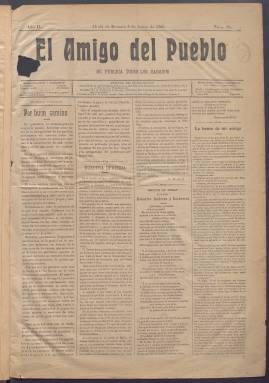
Título: El Amigo del pueblo (Alcalá de Henares)
Colección: Periódicos
Ámbito geográfico: Madrid
Lugar de publicación: Alcalá de Henares
Fechas: 06/01/1906-14/08/1909